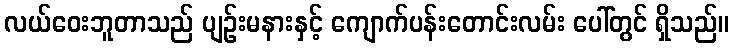
လယ်ဝေးဘူတာသည် ပျဉ်းမနားနှင့် ကျောက်ပန်းတောင်းလမ်း ပေါ်တွင် ရှိသည်။